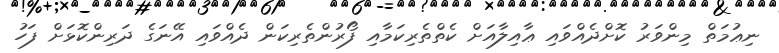
ނިޢުމަތް މިންވަރު ކޮށްދެއްވައި ޢާއިލާއަށް ކެތްތެރިކަމާއި ފޯރުންތެރިކަން ދެއްވައި އޭނަގެ ދަރިންކޮޅަށް ފަހު